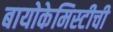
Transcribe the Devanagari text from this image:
बायोकेमिस्टीची